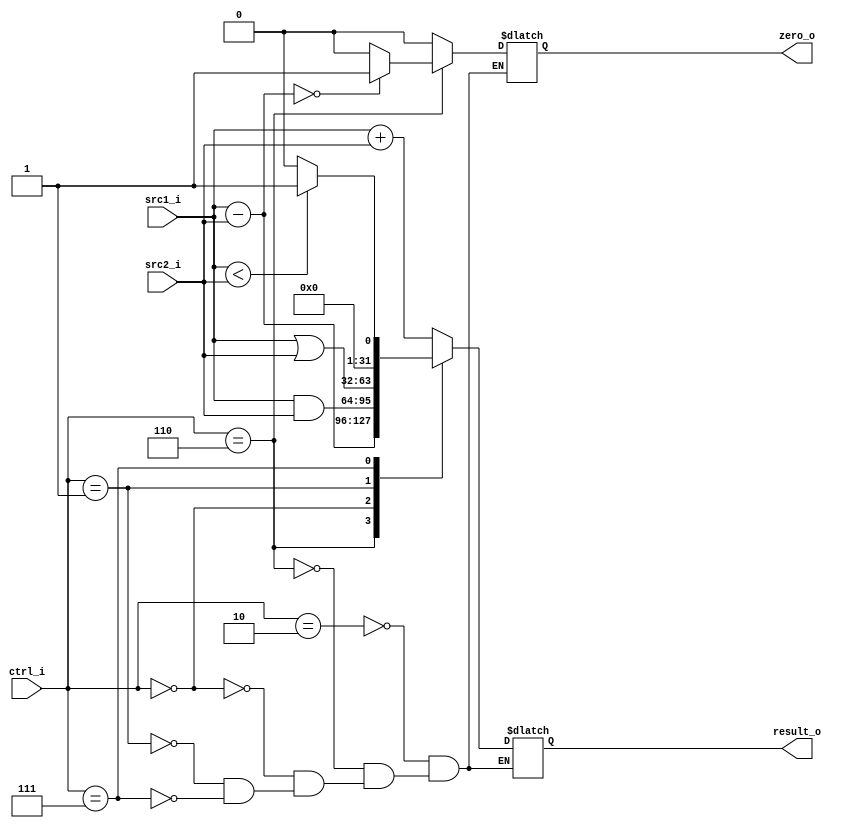
//Subject:     CO project 2 - ALU
//--------------------------------------------------------------------------------
//Version:     1
//--------------------------------------------------------------------------------
//Writer:      
//----------------------------------------------
//Date:        
//----------------------------------------------
//Description: 
//--------------------------------------------------------------------------------

module ALU(
    src1_i,
	src2_i,
	ctrl_i,
	result_o,
	zero_o
	);
     
//I/O ports
input  signed[32-1:0]  src1_i;
input  signed[32-1:0]	 src2_i;
input  [4-1:0]   ctrl_i;

output [32-1:0]	 result_o;
output           zero_o;

//Internal signals
reg    [32-1:0]  result_o;
wire             zero_o;

//Parameter
reg [32-1:0] t_result;
reg zero;
//Main function
always @(*) begin
	case(ctrl_i) 
		4'b0010: begin
			result_o = src1_i + src2_i;
			zero =0;
		end
		4'b0110: begin
			result_o = src1_i - src2_i;
			if(result_o == 0) zero = 1;
			else zero = 0;
		end
		4'b0000: begin
			result_o = src1_i & src2_i;
			zero =0;
		end
		4'b0001: begin
			result_o = src1_i | src2_i;
			zero =0;
		end
		4'b0111: begin
			// result_o = src1_i - src2_i;
			// if(result_o == 0) result_o = 32'b1;
			// else result_o = 32'b0;
			result_o = (src1_i<src2_i)? 32'b1 : 32'b0; 
			zero =0;
		end
	endcase
end
assign zero_o = zero;
endmodule